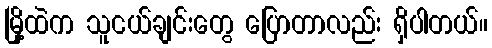
မြို့ထဲက သူငယ်ချင်းတွေ ပြောတာလည်း ရှိပါတယ်။